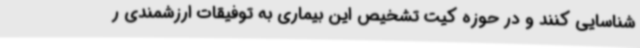
شناسایی کنند و در حوزه کیت تشخیص این بیماری به توفیقات ارزشمندی ر